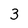
Character: 3